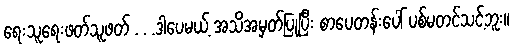
ရေးသူရေးဖတ်သူဖတ် . . .ဒါပေမယ့် အသိအမှတ်ပြုပြီး စာပေတန်းပေါ် ပစ်မတင်သင့်ဘူး။